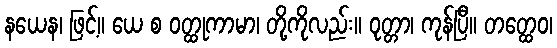
နယေန၊ ဖြင့်။ ယေ စ ဝတ္ထုကာမာ၊ တို့ကိုလည်း။ ဝုတ္တာ၊ ကုန်ပြီ။ တတ္ထေဝ၊